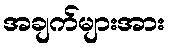
အချက်များအား